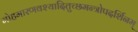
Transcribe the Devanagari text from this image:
मोहमारणवश्यादितुच्छमन्त्रोपदर्शिनम्